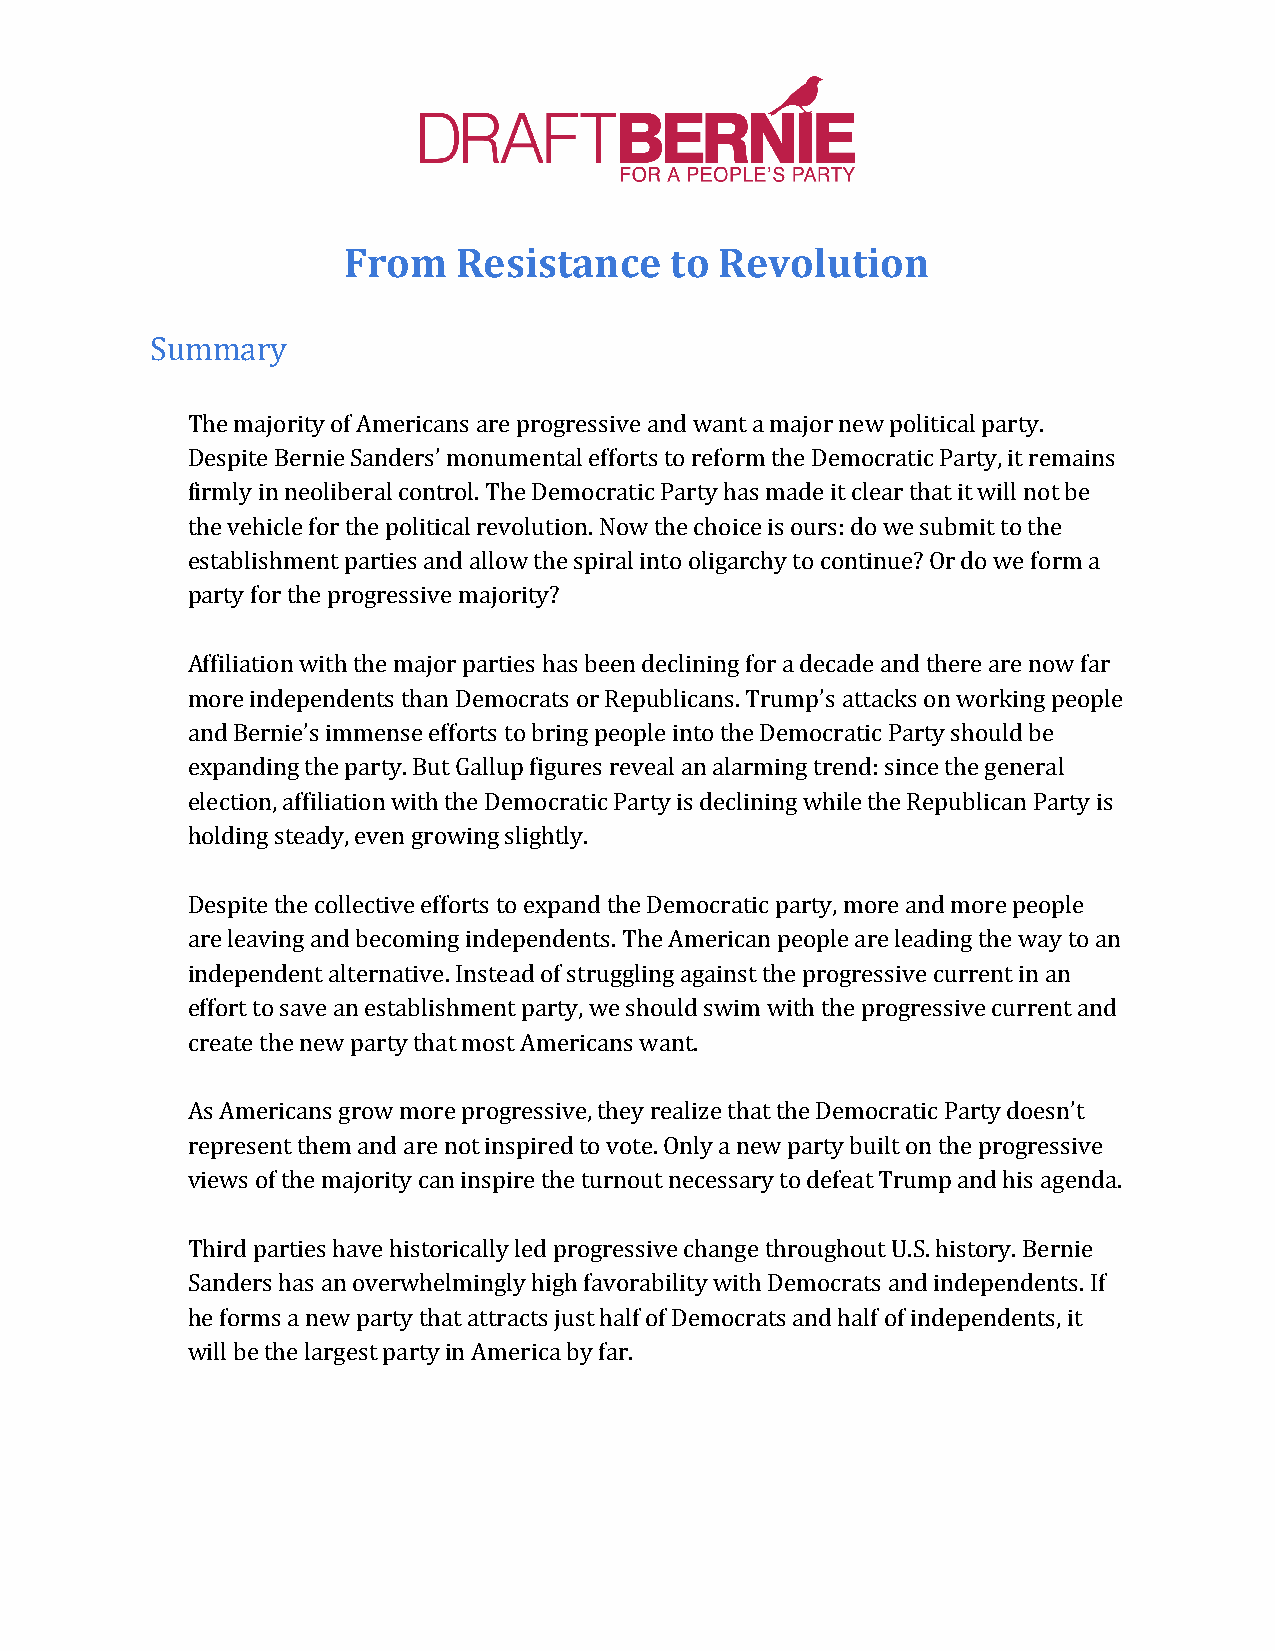
From   Resistance    to  Revolution
 Summary
 The majority of Americans are progressive and want a major new political party.
 Despite Bernie Sanders’ monumental efforts to reform the Democratic Party, it remains
 firmly in neoliberal control. The Democratic Party has made it clear that it will not be
 the vehicle for the political revolution. Now the choice is ours: do we submit to the
 establishment parties and allow the spiral into oligarchy to continue? Or do we form a
 party for the progressive majority?
 Affiliation with the major parties has been declining for a decade and there are now far
 more independents than Democrats or Republicans. Trump’s attacks on working people
 and Bernie’s immense efforts to bring people into the Democratic Party should be
 expanding the party. But Gallup figures reveal an alarming trend: since the general
 election, affiliation with the Democratic Party is declining while the Republican Party is
 holding steady, even growing slightly.
 Despite the collective efforts to expand the Democratic party, more and more people
 are leaving and becoming independents. The American people are leading the way to an
 independent alternative. Instead of struggling against the progressive current in an
 effort to save an establishment party, we should swim with the progressive current and
 create the new party that most Americans want.
 As Americans grow more progressive, they realize that the Democratic Party doesn’t
 represent them and are not inspired to vote. Only a new party built on the progressive
 views of the majority can inspire the turnout necessary to defeat Trump and his agenda.
 Third parties have historically led progressive change throughout U.S. history. Bernie
 Sanders has an overwhelmingly high favorability with Democrats and independents. If
 he forms a new party that attracts just half of Democrats and half of independents, it
 will be the largest party in America by far.